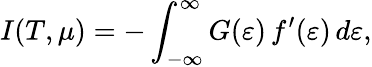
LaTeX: I(T,\mu)=-\int_{-\infty}^{\infty}G(\varepsilon)\, f^{\prime}(\varepsilon)\, d\varepsilon,